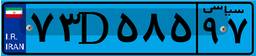
۸۰D۹۰۰۷۹